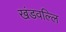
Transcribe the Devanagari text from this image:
खंडवल्लि